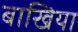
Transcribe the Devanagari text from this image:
बाखिया